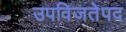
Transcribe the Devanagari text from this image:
उपविजतेपद